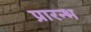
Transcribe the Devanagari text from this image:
प्रारन्भ